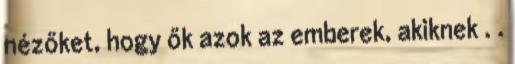
nézőket, hogy ők azok az emberek, akiknek . .